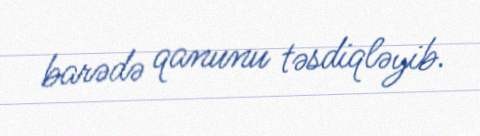
barədə qanunu təsdiqləyib.